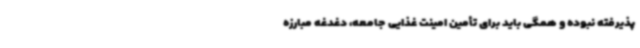
پذیرفته نبوده و همگی باید برای تأمین امینت غذایی جامعه، دغدغه مبارزه